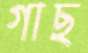
গাছ